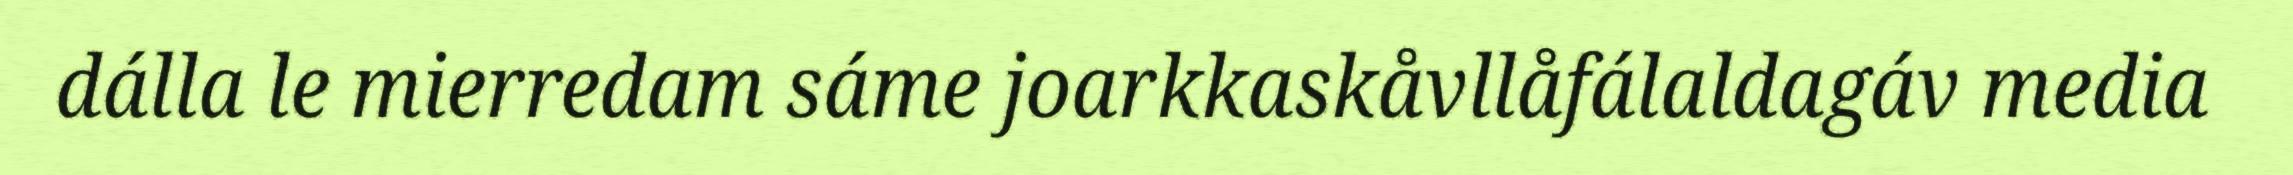
dálla le mierredam sáme joarkkaskåvllåfálaldagáv media